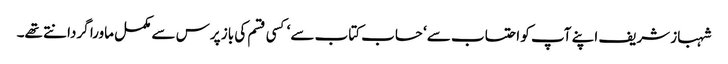
شہباز شریف اپنے آپ کو احتساب سے‘ حساب کتاب سے‘ کسی قسم کی باز پرس سے مکمل ماورا گردانتے تھے۔